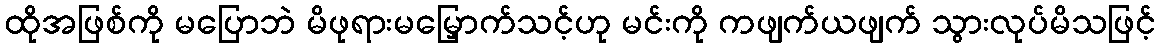
ထိုအဖြစ်ကို မပြောဘဲ မိဖုရားမမြှောက်သင့်ဟု မင်းကို ကဖျက်ယဖျက် သွားလုပ်မိသဖြင့်